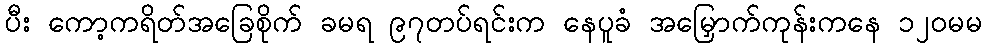
ပီး ကော့ကရိတ်အခြေစိုက် ခမရ ၉၇တပ်ရင်းက နေပူခံ အမြှောက်ကုန်းကနေ ၁၂၀မမ